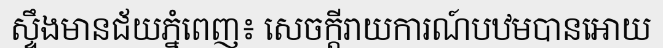
ស្ទឹងមានជ័យភ្នំពេញ៖ សេចក្តីរាយការណ៍បឋមបានអោយ